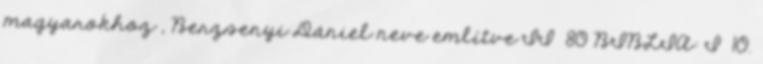
magyarokhoz , Berzsenyi Dániel neve említve II 80 BIBLIA: I 10.